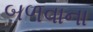
બળવાના